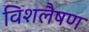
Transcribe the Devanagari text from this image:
विशलैषण